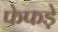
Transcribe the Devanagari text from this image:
फेफडे़